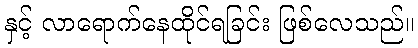
နှင့် လာရောက်နေထိုင်ရခြင်း ဖြစ်လေသည်။